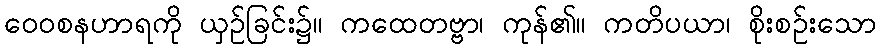
ဝေဝစနဟာရကို ယှဉ်ခြင်း၌။ ကထေတဗ္ဗာ၊ ကုန်၏။ ကတိပယာ၊ စိုးစဉ်းသော